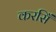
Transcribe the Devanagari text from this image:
करसिँ